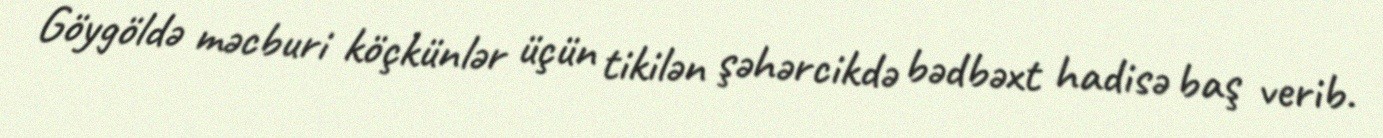
Göygöldə məcburi köçkünlər üçün tikilən şəhərcikdə bədbəxt hadisə baş verib.